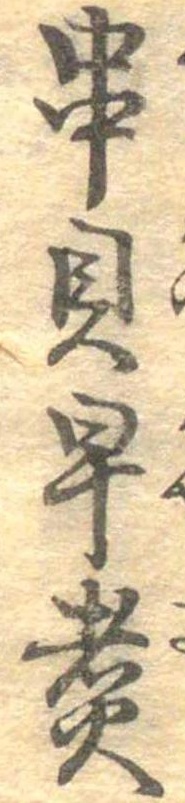
串貝早煮